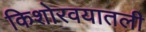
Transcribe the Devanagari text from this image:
किशोरवयातली